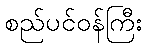
စည်ပင်ဝန်ကြီး